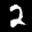
Label: 2